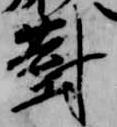
対